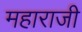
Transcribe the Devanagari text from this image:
महाराजी